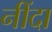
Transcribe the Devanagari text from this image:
नींदा